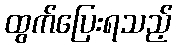
ထွက်ပြေးရသည့်